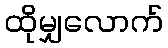
ထိုမျှလောက်